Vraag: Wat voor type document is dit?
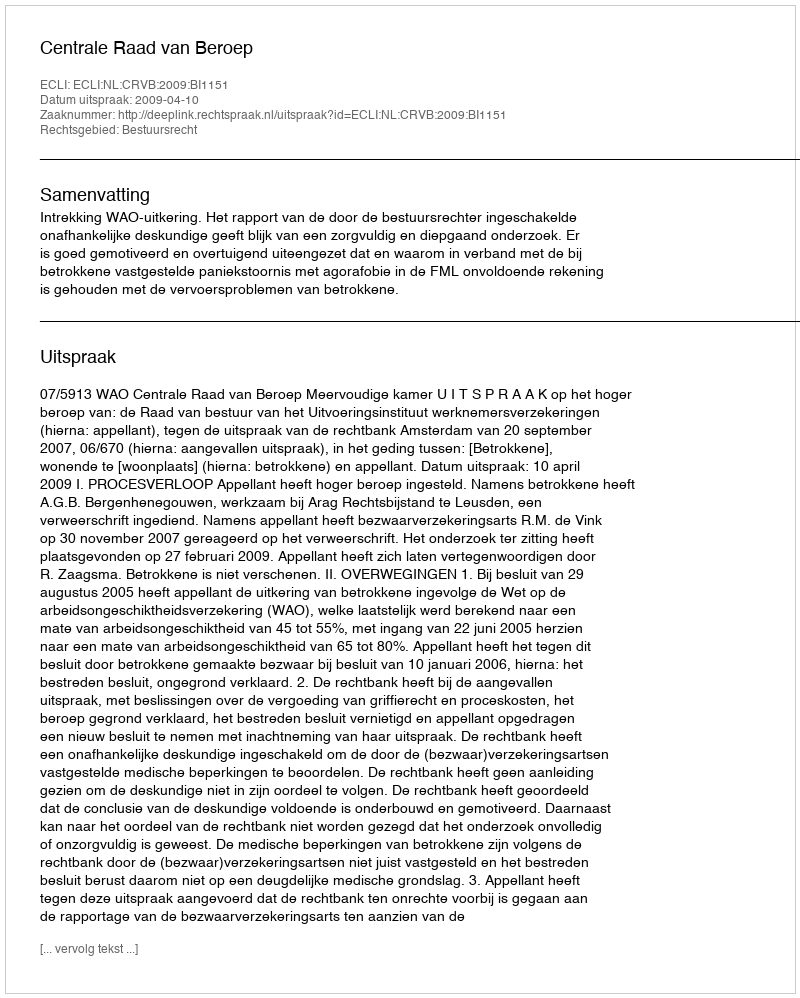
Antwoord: Uitspraak